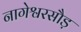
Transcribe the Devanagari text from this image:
नागेश्वरसौड़